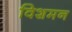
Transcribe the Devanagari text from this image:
विशमन